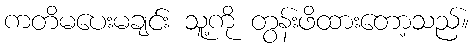
ကတိမပေးမချင်း သူ့ကို တွန်းဖိထားတော့သည်။